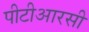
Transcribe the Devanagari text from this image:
पीटीआरसी